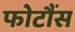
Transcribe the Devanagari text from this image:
फोटौंस